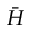
\bar { H }